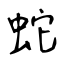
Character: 蛇